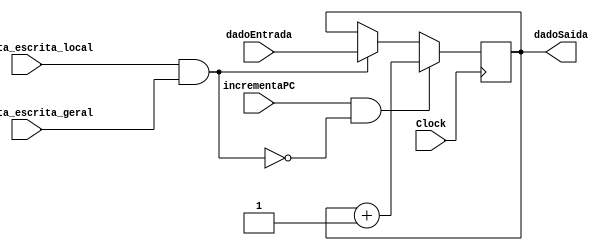
module PC_reg7(dadoEntrada,habilita_escrita_local,habilita_escrita_geral,incrementaPC,Clock,dadoSaida);
  input [15:0]dadoEntrada;
  input habilita_escrita_local,habilita_escrita_geral,incrementaPC,Clock;
  output reg [15:0] dadoSaida;
  
  wire habilita = habilita_escrita_local&habilita_escrita_geral;
  
  always@(posedge Clock)begin
    if(incrementaPC & (~habilita))
      dadoSaida = dadoSaida + 1;
    else if(habilita)
      dadoSaida = dadoEntrada;
  end
endmodule